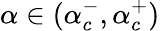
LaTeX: \alpha\in(\alpha_{c}^{-},\alpha_{c}^{+})